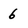
Character: 6